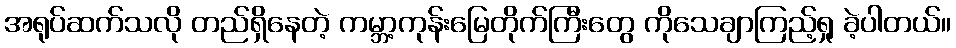
အရုပ်ဆက်သလို တည်ရှိနေတဲ့ ကမ္ဘာ့ကုန်းမြေတိုက်ကြီးတွေ ကိုသေချာကြည့်ရှု ခဲ့ပါတယ်။